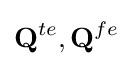
\mathbf {Q} ^{te},\mathbf {Q} ^{fe}